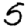
Digit: 5